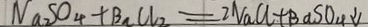
N a _ { 2 } S O _ { 4 } + B a C l _ { 2 } = 2 N a C l + B a S O _ { 4 } \downarrow